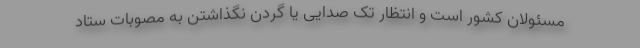
مسئولان کشور است و انتظار تک صدایی یا گردن نگذاشتن به مصوبات ستاد